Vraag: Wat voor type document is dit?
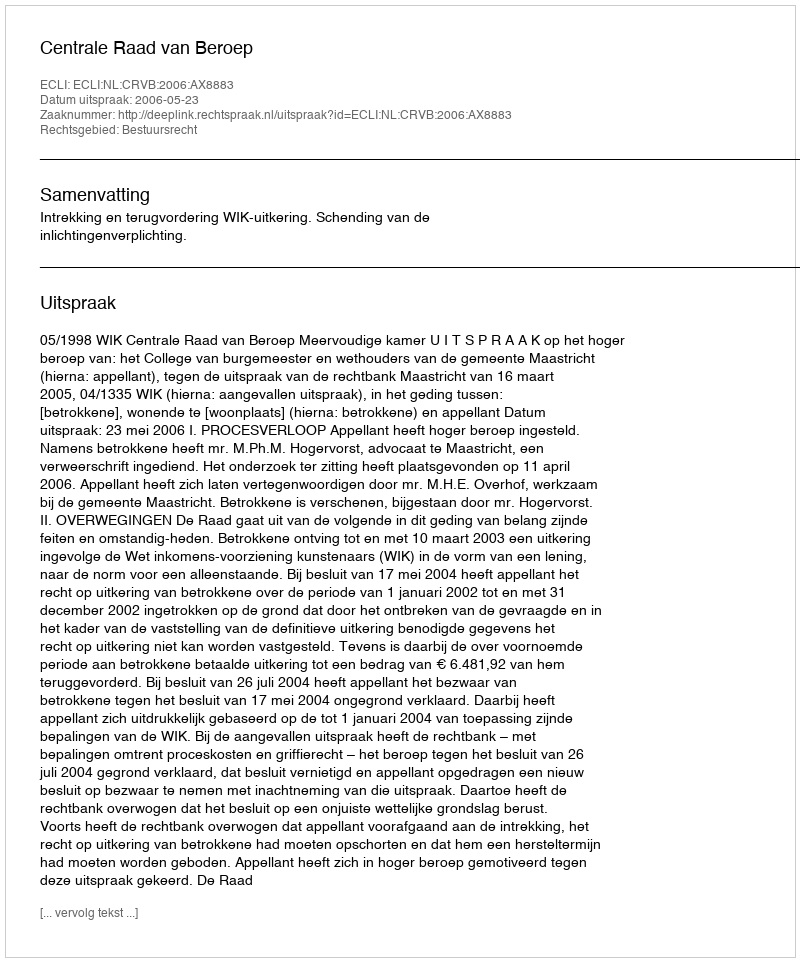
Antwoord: Uitspraak